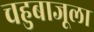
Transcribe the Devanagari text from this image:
चहुबाजूला